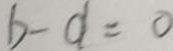
b - d = 0